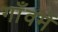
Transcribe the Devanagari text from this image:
गाँवमें